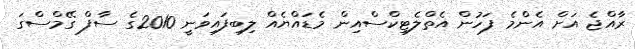
ރާއްޖެ އަށް އެންމެ ފަހުން އެތްލެޓިކްސްއިން މެޑައްޔެއް ލިބިފައިވަނީ 2010ގެ ސާފް ގޭމްސްގަ